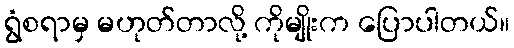
ရွံစရာမှ မဟုတ်တာလို့ ကိုမျိုးက ပြောပါတယ်။